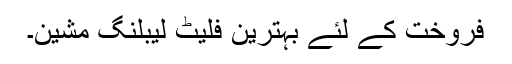
فروخت کے لئے بہترین فلیٹ لیبلنگ مشین۔